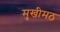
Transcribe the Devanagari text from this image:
मुखीमठ